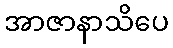
အာဇာနာသိပေ